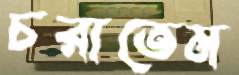
চরাতেম